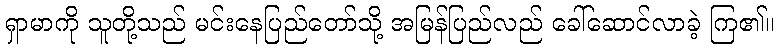
ရှာမာကို သူတို့သည် မင်းနေပြည်တော်သို့ အမြန်ပြည်လည် ခေါ်ဆောင်လာခဲ့ ကြ၏။